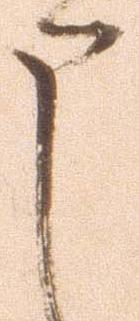
申